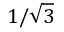
1 / \sqrt { 3 }